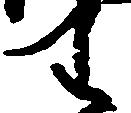
わ